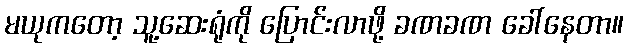
မယုကတော့ သူ့ဆေးရုံကို ပြောင်းလာဖို့ ခဏခဏ ခေါ်နေတာ။